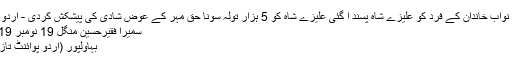
بہاولپور کے نواب خاندان کے فرد کو علیزے شاہ پسند آ گئی علیزے شاہ کو 5 ہزار تولہ سونا حق مہر کے عوض شادی کی پیشکش کردی - اُردو پوائنٹ شوبز
سمیرا فقیرحسین منگل 19 نومبر 2019 12:37
بہاولپور (اُردو پوائنٹ تازہ ترین اخبار۔